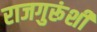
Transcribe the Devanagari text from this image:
राजगुरूंशी